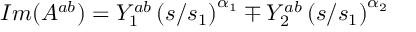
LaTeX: I m ( A ^ { a b } ) = Y _ { 1 } ^ { a b } \left( { s / s _ { 1 } } \right) ^ { \alpha _ { 1 } } \mp Y _ { 2 } ^ { a b } \left( { s / s _ { 1 } } \right) ^ { \alpha _ { 2 } }